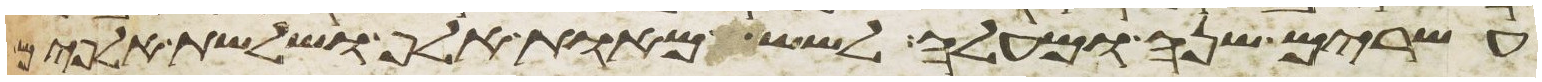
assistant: עשרים שנה ומעלה לשש מאות אלף ושלשת אלפים